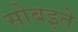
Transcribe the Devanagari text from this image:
सोबइते